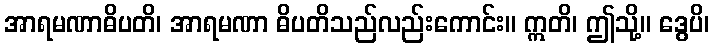
အာရမဏာဓိပတိ၊ အာရမဏာ ဓိပတိသည်လည်းကောင်း။ ဣတိ၊ ဤသို့။ ဒွေပိ၊